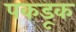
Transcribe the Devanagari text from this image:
पकडूक